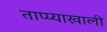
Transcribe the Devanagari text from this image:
ताप्प्याखाली